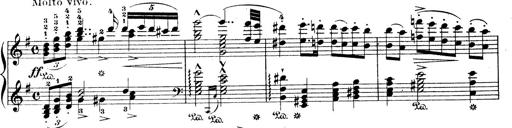
Title: Wagner-Liszt Album
Composer: Franz Liszt